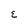
Character: E